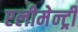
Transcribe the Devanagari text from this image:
एलीमेन्ट्री